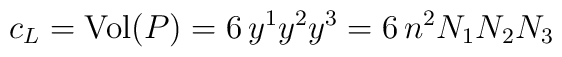
c_L=\mbox{Vol}(P)=6\, y^1y^2y^3= 6\, n^2 N_1 N_2 N_3